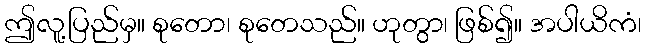
ဤလူ့ပြည်မှ။ စုတော၊ စုတေသည်။ ဟုတွာ၊ ဖြစ်၍။ အပါယိကံ၊